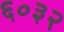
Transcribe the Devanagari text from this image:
६०३२